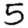
Digit: 5